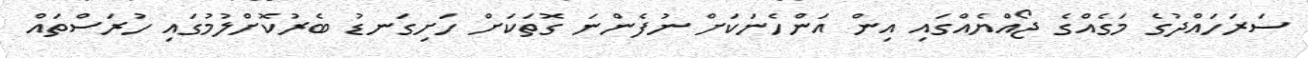
ސަރަހައްދުގެ މަގެއްގެ ޖޯއްޔެއްގައި އިން އަންހެނަކަށް ނުފެންނަ ގޮތަކަށް ހަށިގަނޑު ބެރުކޮށްލުމުގައި ހުރަސްތައް